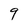
Character: 9